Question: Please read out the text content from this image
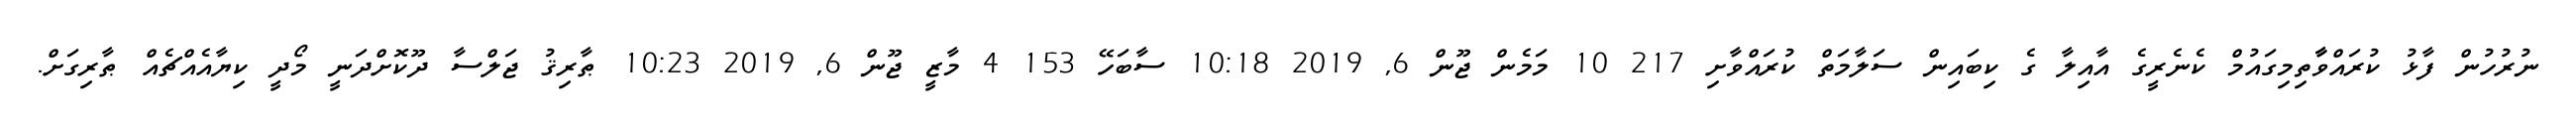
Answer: ނުރުހުން ފާޅު ކުރައްވާާތިމިގައުމް ކެނެރީގެ އާއިލާ ގެ ކިބައިން ސަލާމަތް ކުރައްވާށި 217 10 މަމެން ޖޫން 6, 2019 10:18 ސާބަހޭ 153 4 މާޒީ ޖޫން 6, 2019 10:23 ޠާރިޤު ޖަލްސާ ދޫކޮށްދަނީ މޯދީ ކިޔާއެއްޗެއް ޠާރިގަށް.